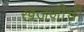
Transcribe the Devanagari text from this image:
खजणीची